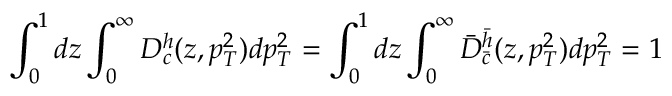
\int _ { 0 } ^ { 1 } d z \int _ { 0 } ^ { \infty } D _ { c } ^ { h } ( z , p _ { T } ^ { 2 } ) d p _ { T } ^ { 2 } = \int _ { 0 } ^ { 1 } d z \int _ { 0 } ^ { \infty } \bar { D } _ { \bar { c } } ^ { \bar { h } } ( z , p _ { T } ^ { 2 } ) d p _ { T } ^ { 2 } = 1